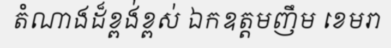
តំណាងដ៏ខ្ពង់ខ្ពស់ ឯកឧត្តមញឹម ខេមរា